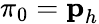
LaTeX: \pi_{0}=\textbf{p}_{h}